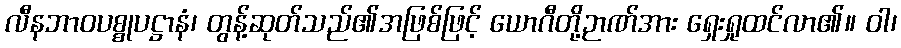
လီနဘာဝပစ္စုပဋ္ဌာနံ၊ တွန့်ဆုတ်သည်၏အဖြစ်ဖြင့် ယောဂီတို့ဉာဏ်အား ရှေးရှုထင်လာ၏။ ဝါ၊